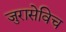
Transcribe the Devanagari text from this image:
जुरासेविच